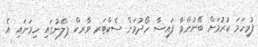
ފުރިހަމަ ކުރުމަށް ބޭނުންވާ ފައިސާ ހޯދުމަށް ސެކްޓަރ ވާރކް ޕްލޭނުގައި ހިމަނައި އެ